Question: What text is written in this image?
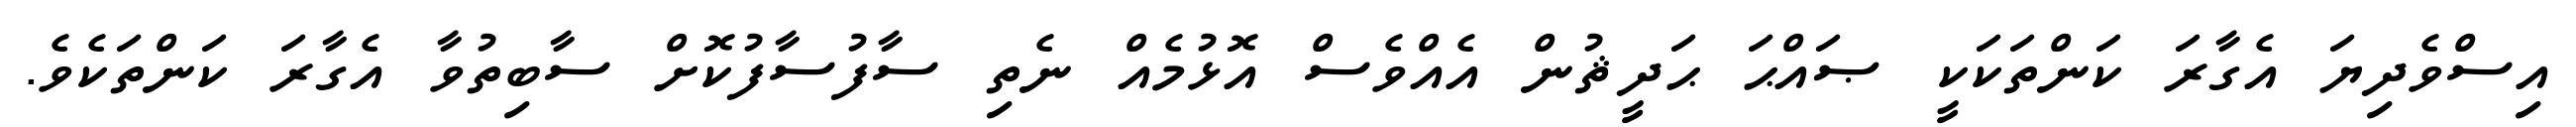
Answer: އިސްވެދިޔަ އެގާރަ ކަންތަކަކީ ޞައްޙަ ޙަދީޘުން އެއްވެސް އޮޅުމެއް ނެތި ސާފުސާފުކޮށް ސާބިތުވާ އެގާރަ ކަންތަކެވެ.